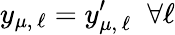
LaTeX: y_{\mu,\, \ell}=y_{\mu,\, \ell}^{\prime}\; \; \forall\ell